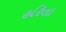
હરિતા